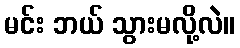
မင်း ဘယ် သွားမလို့လဲ။